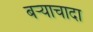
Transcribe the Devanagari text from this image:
बऱ्याचादा